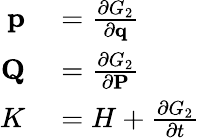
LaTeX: \begin{array}{rl}{\mathbf{p}}&{{}={\frac{\partial G_{2}}{\partial\mathbf{q}}}}\\ {\mathbf{Q}}&{{}={\frac{\partial G_{2}}{\partial\mathbf{P}}}}\\ {K}&{{}=H+{\frac{\partial G_{2}}{\partial t}}}\end{array}